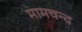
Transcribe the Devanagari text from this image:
मामचन्द